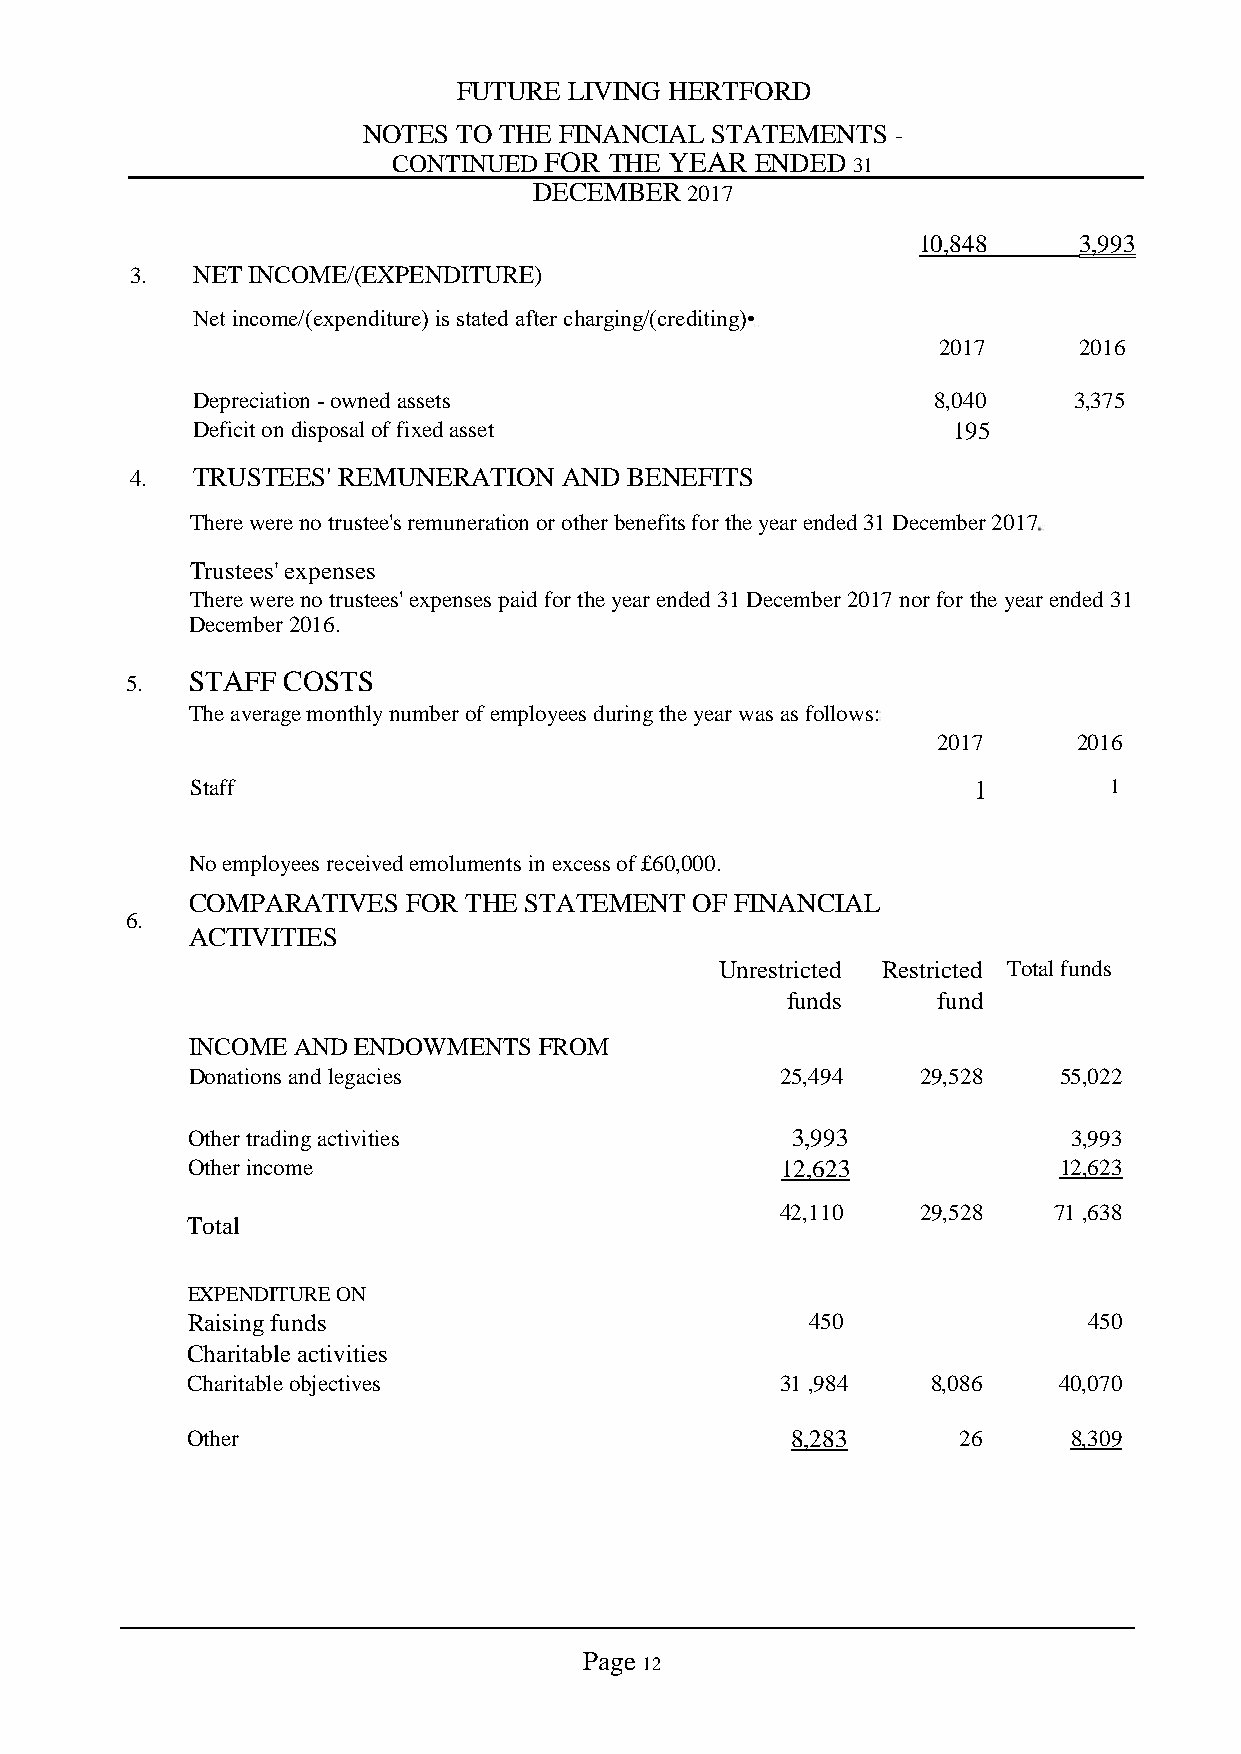
FUTURE  LIVING HERTFORD
 NOTES TO THE FINANCIAL STATEMENTS  -
 CONTINUED FOR THE YEAR  ENDED 31
 DECEMBER  2017
 10,848    3,993
 3.  NET INCOME/(EXPENDITURE)
 Net income/(expenditure) is stated after charging/(crediting)•
 2017     2016
 Depreciation - owned assets                      8,040    3,375
 Deficit on disposal of fixed asset                195
 4.  TRUSTEES' REMUNERATION  AND  BENEFITS
 There were no trustee's remuneration or other benefits for the year ended 31 December 2017
 Trustees' expenses
 There were no trustees' expenses paid for the year ended 31 December 2017 nor for the year ended 31
 December 2016.
 5.  STAFF  COSTS
 The average monthly number of employees during the year was as follows:
 2017     2016
 Staff                                              1        1
 No employees received emoluments in excess of £60,000.
 COMPARATIVES  FOR THE STATEMENT  OF FINANCIAL
 6.
 ACTIVITIES
 Unrestricted Restricted Total funds
 funds     fund
 INCOME AND ENDOWMENTS   FROM
 Donations and legacies                  25,494   29,528   55,022
 Other trading activities                3,993              3,993
 Other income                            12,623            12,623
 42,110   29,528   71 ,638
 Total
 EXPENDITURE ON
 Raising funds                             450               450
 Charitable activities
 Charitable objectives                   31 ,984   8,086   40,070
 Other                                   8,283      26      8,309
 Page
 12